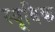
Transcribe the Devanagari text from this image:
स्यूबिक